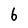
Character: 6